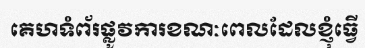
គេហទំព័រផ្លូវការខណៈពេលដែលខ្ញុំធ្វើ